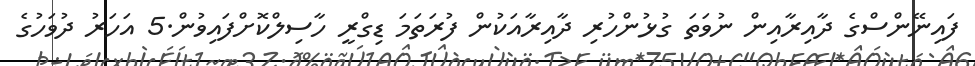
ފައިނޭންސްގެ ދާއިރާއިން ނުވަތަ ގުޅުންހުރި ދާއިރާއަކުން ފުރަތަމަ ޑިގްރީ ހާސިލްކޮށްފައިވުން.5 އަހަރު ދުވަހުގެ